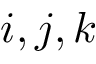
i , j , k